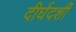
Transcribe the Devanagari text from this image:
दीर्घदर्शी